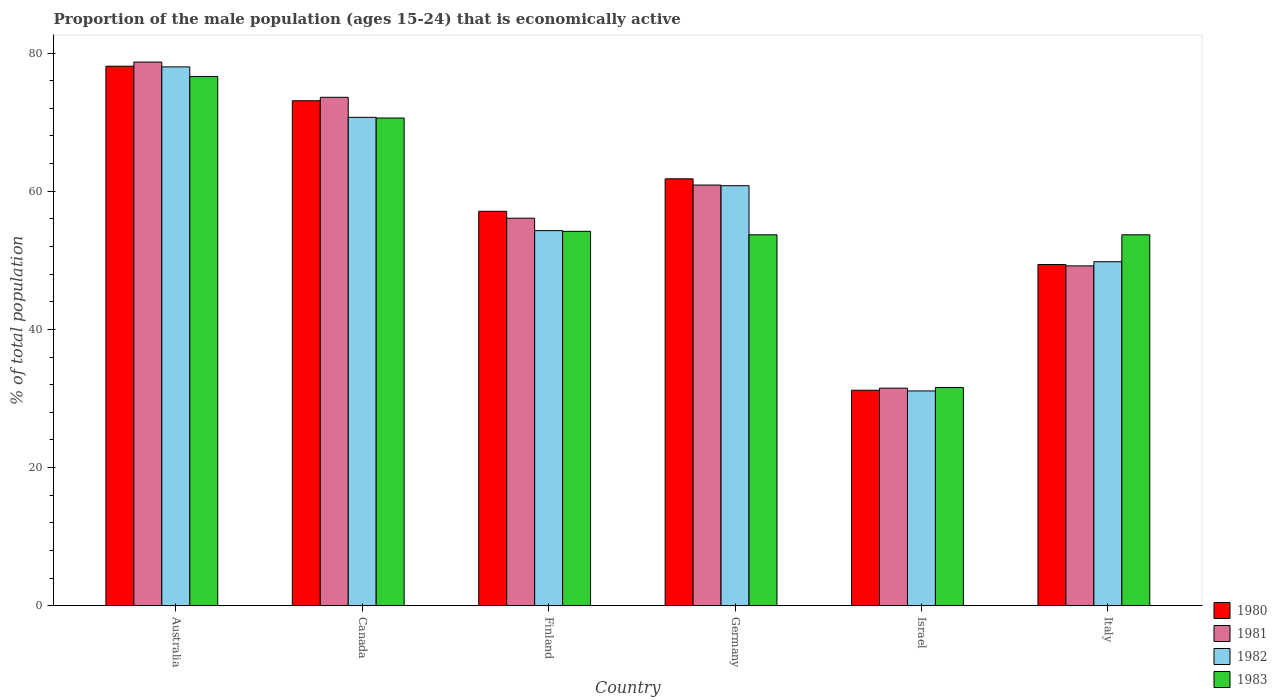
| Country | 1980 | 1981 | 1982 | 1983 |
 | --- | --- | --- | --- | --- |
 | Australia | 78.1 | 78.7 | 78 | 76.6 |
 | Canada | 73.1 | 73.6 | 70.7 | 70.6 |
 | Finland | 57.1 | 56.1 | 54.3 | 54.2 |
 | Germany | 61.8 | 60.9 | 60.8 | 53.7 |
 | Israel | 31.2 | 31.5 | 31.1 | 31.6 |
 | Italy | 49.4 | 49.2 | 49.8 | 53.7 |